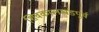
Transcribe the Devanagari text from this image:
शिवकालखंडपूर्व